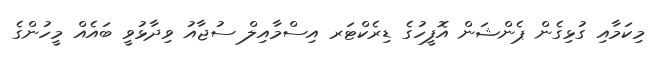
މިކަމާއި ގުޅިގެން ޕެންޝަން އޮފީހުގެ ޑިރެކްޓަރ އިސްމާއިލް ސުޖާއު ވިދާޅުވީ ބައެއް މީހުންގެ